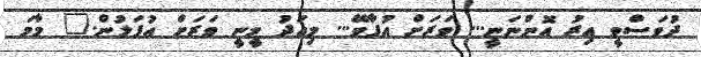
ދުވަސްވީ އިރު އޮންނަނީ... ވަރަށް އުފާވޭ... މިއަދު މީނީ ވަރަށް އުފަލުން." މާމަ